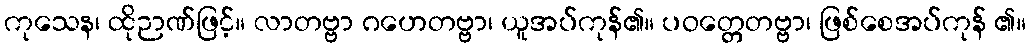
ကုသေန၊ ထိုဉာဏ်ဖြင့်။ လာတဗ္ဗာ ဂဟေတဗ္ဗာ၊ ယူအပ်ကုန်၏။ ပဝတ္တေတဗ္ဗာ၊ ဖြစ်စေအပ်ကုန် ၏။